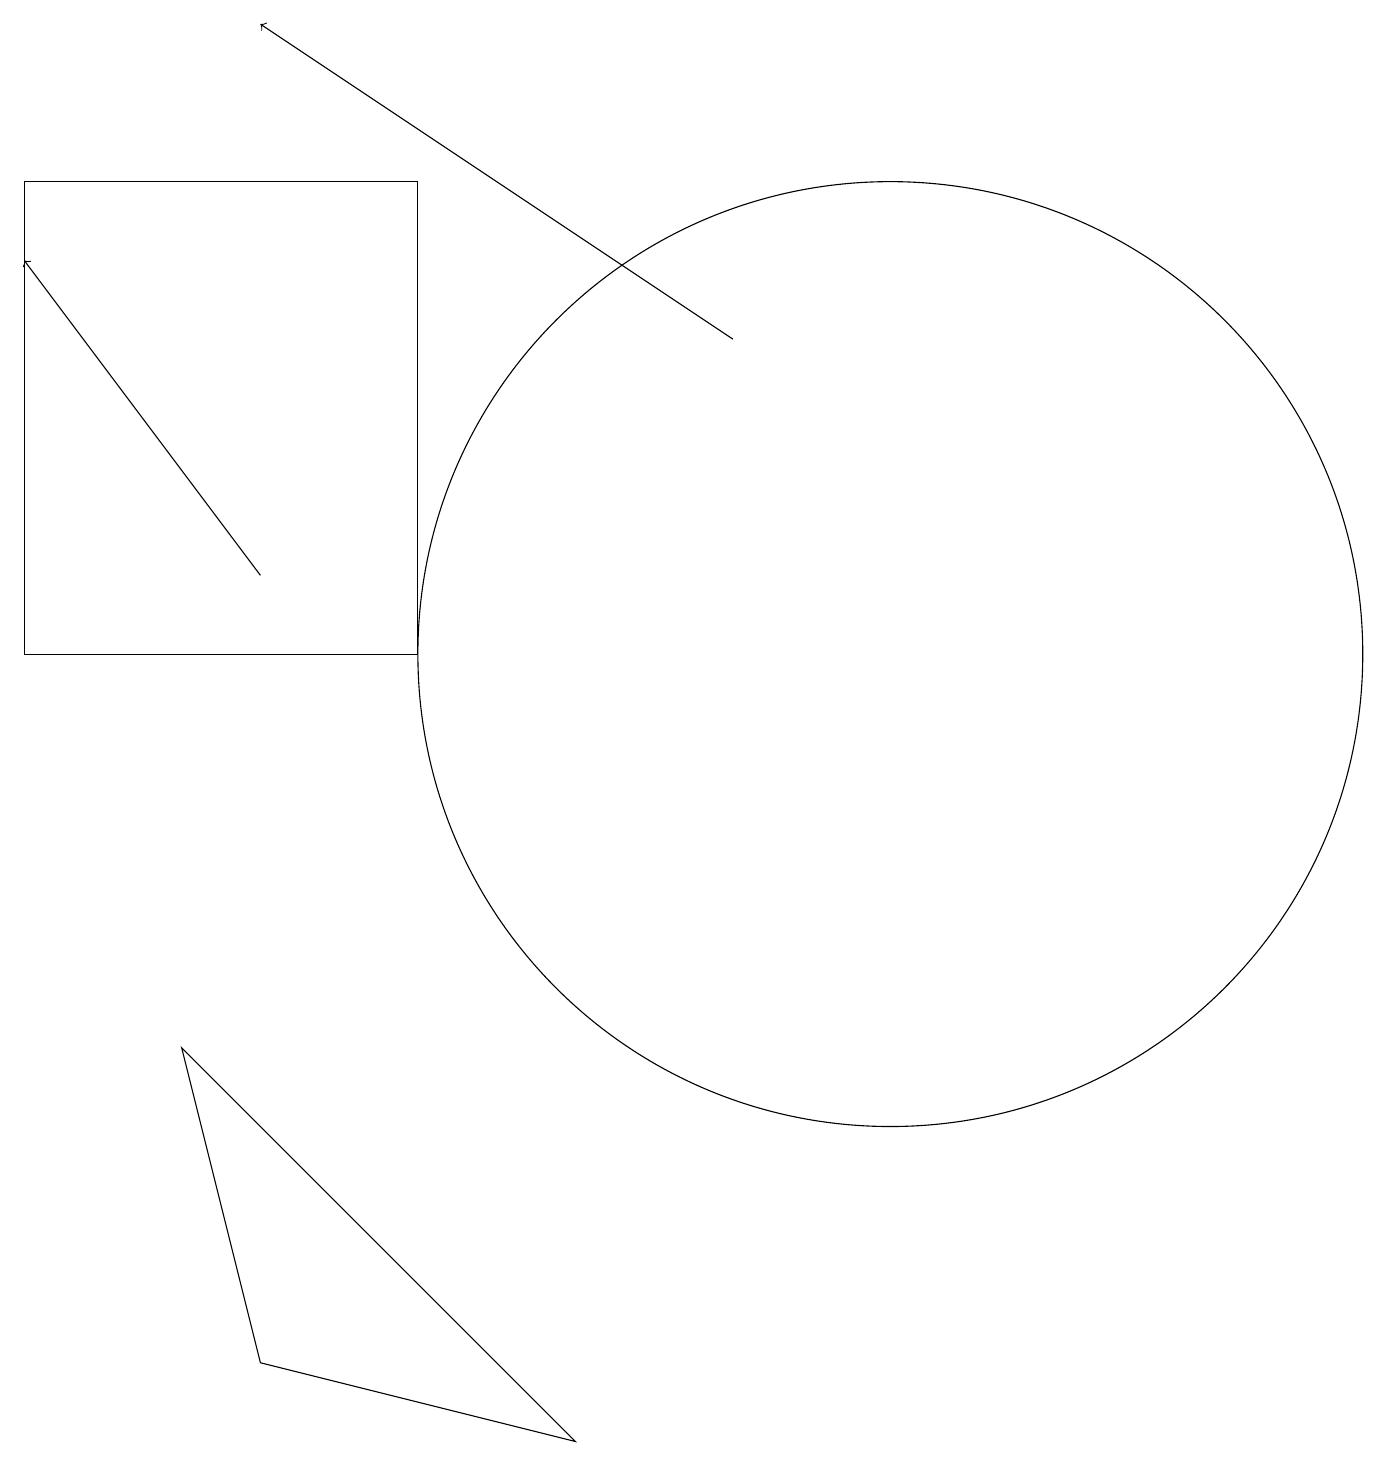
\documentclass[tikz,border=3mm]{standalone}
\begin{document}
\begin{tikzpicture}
\draw[->] (9,15) -- (3,19);
\draw (3,2) -- (7,1) -- (2,6) -- cycle;
\draw (0,11) rectangle (5,17);
\draw[->] (3,12) -- (0,16);
\draw (11,11) circle (6);
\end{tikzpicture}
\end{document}